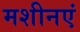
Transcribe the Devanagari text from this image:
मशीनएं